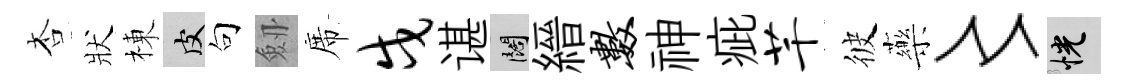
杏狀棟皮句劔席戍谌闊縉数神疵芊彼藥〻恍